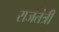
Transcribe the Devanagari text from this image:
राजतंत्री